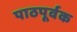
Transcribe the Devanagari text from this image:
पाठपूर्वक